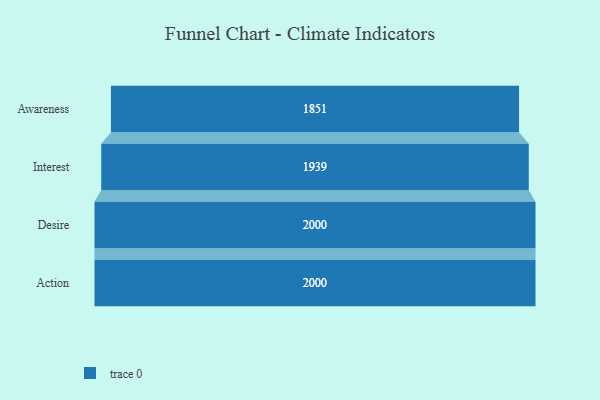
{"axis": {"x": "Stage", "y": "Value"}, "legend": [""], "data": [{"x": "Awareness", "y": 1851.0, "type": ""}, {"x": "Interest", "y": 1939.0, "type": ""}, {"x": "Desire", "y": 2000, "type": ""}, {"x": "Action", "y": 2000, "type": ""}]}